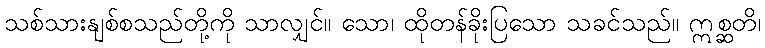
သစ်သားနျစ်စသည်တို့ကို သာလျှင်။ သော၊ ထိုတန်ခိုးပြသော သခင်သည်။ ဣစ္ဆတိ၊